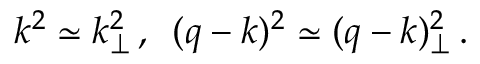
k ^ { 2 } \simeq k _ { \perp } ^ { 2 } \, , \, \, \, ( q - k ) ^ { 2 } \simeq ( q - k ) _ { \perp } ^ { 2 } \, .